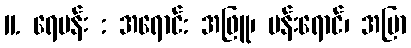
11. ရေပန်း : အရောင်: အဖြူ၊ ပန်းရောင်၊ အပြာ